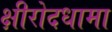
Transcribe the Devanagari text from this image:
क्षीरोदधामा